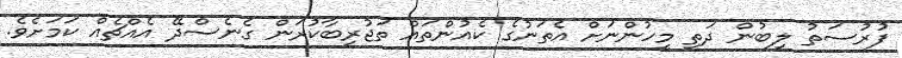
ފުރުސަތު ލިބުން ދަތި މީހުންނަށް އެތަނުގެ ކެއުންތައް ތަޖުރިބާކުރަން ގެނެސްދޭ އެއްޗެއް ކަމަށެވެ.